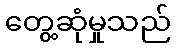
တွေ့ဆုံမှုသည်